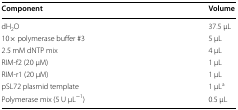
| Component | Volume |
 | --- | --- |
 | dH2O | 37.5 μL |
 | 10× polymerase buffer #3 | 5 μL |
 | 2.5 mM dNTP mix | 4 μL |
 | RIM-f2 (20 μM) | 1 μL |
 | RIM-r1 (20 μM) | 1 μL |
 | pSL72 plasmid template | 1 μLa |
 | Polymerase mix (5 U μL−1) | 0.5 μL |